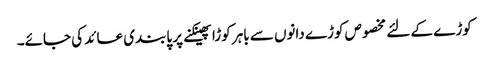
کوڑے کے لئے مخصوص کوڑے دانوں سے باہر کوڑا پھینکنے پر پابندی عائد کی جائے۔